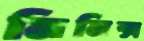
মিনিক্স